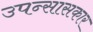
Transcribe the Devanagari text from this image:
उपन्सासकार